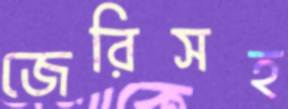
জেরিসহ